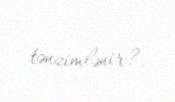
tənzimlənir?.